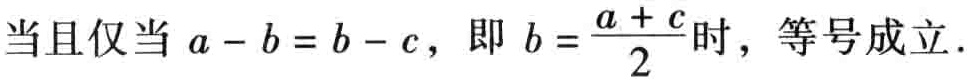
当且仅当 \(a - b = b - c\)，即 \(b = \frac{a + c}{2}\)时，等号成立.